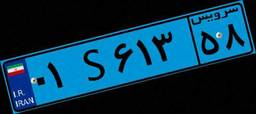
۵۹S۰۲۸۰۹